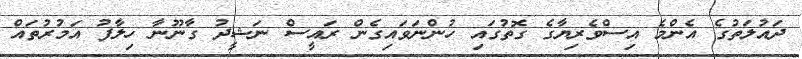
ދައުލަތުގެ އެންމެ އިސްވެރިޔާގެ ގޮތުގައި ހުންނަވައިގެން ރައީސް ނަޝީދު ގާނޫނާ ހިލާފު އަމުރުތައް